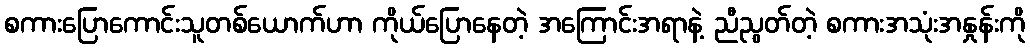
စကားပြောကောင်းသူတစ်ယောက်ဟာ ကိုယ်ပြောနေတဲ့ အကြောင်းအရာနဲ့ ညီညွတ်တဲ့ စကားအသုံးအနှုန်းကို